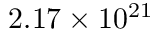
2 . 1 7 \times 1 0 ^ { 2 1 }